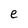
Character: e